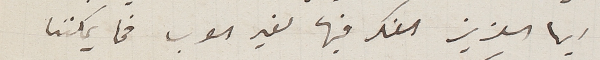
ايها العزيز الفكر فيها لغير العرب فما يمكننا